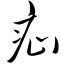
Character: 疝